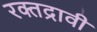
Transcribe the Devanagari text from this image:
रक्तद्रावी